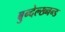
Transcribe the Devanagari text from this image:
बुन्देल्ख्नन्ड